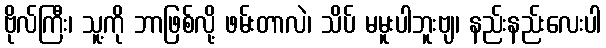
ဗိုလ်ကြီး၊ သူ့ကို ဘာဖြစ်လို့ ဖမ်းတာလဲ၊ သိပ် မမူးပါဘူးဗျ၊ နည်းနည်းလေးပါ